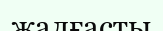
жалғасты